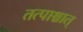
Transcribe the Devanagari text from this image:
तत्पाश्चात्